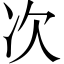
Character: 次